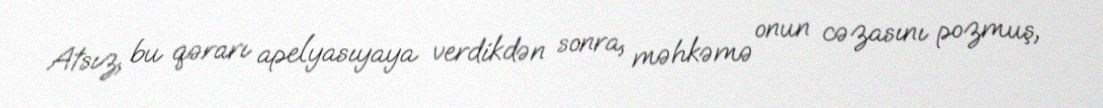
Atsız, bu qərarı apelyasıyaya verdikdən sonra, məhkəmə onun cəzasını pozmuş,